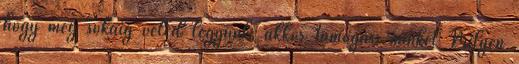
hogy még sokáig veled legyünk, akkor támogass minket Milyen